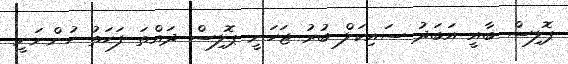
ޕޮލިސް ބާއީ އަބަދު ސައިކަލް ބުރު ޖަހަނީ ޕޮލިސް ދައްތަ ފަހަތު ހުންނަނީ